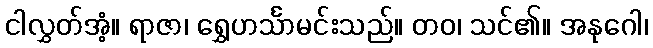
ငါလွှတ်အံ့။ ရာဇာ၊ ရွှေဟင်္သာမင်းသည်။ တဝ၊ သင်၏။ အနုဂေါ၊